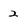
Character: 2